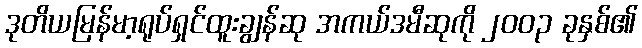
ဒုတိယမြန်မာ့ရုပ်ရှင်ထူးချွန်ဆု အကယ်ဒမီဆုကို ၂၀၀၃ ခုနှစ်၏